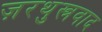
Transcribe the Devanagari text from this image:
ज़रथुस्त्रवाद